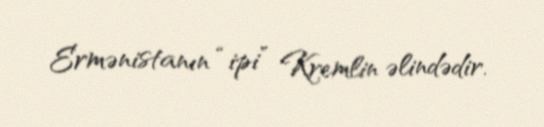
Ermənistanın “ipi” Kremlin əlindədir.